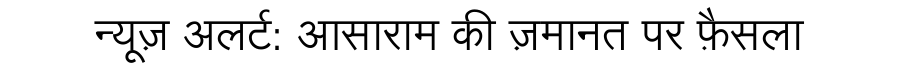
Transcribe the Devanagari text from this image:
न्यूज़ अलर्ट: आसाराम की ज़मानत पर फ़ैसला